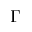
\Gamma